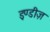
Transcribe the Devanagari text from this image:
इण्डीज़